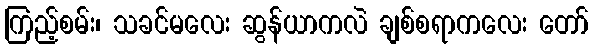
ကြည့်စမ်း၊ သခင်မလေး ဆွန်ယာကလဲ ချစ်စရာကလေး တော်